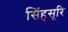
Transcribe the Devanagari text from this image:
सिंहसूरि